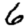
Digit: 6